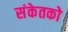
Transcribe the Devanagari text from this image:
संकेतको